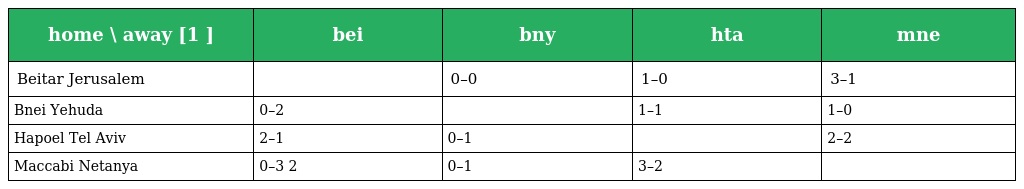
| home \ away [1 ] | bei | bny | hta | mne |
 | --- | --- | --- | --- | --- |
 | Beitar Jerusalem |  | 0–0 | 1–0 | 3–1 |
 | Bnei Yehuda | 0–2 |  | 1–1 | 1–0 |
 | Hapoel Tel Aviv | 2–1 | 0–1 |  | 2–2 |
 | Maccabi Netanya | 0–3 2 | 0–1 | 3–2 |  |